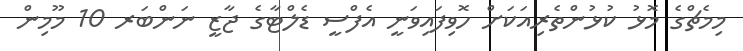
މިމެޗްގެ މޮޅު ކުޅުންތެރިއަކަށް ހޮވިފައިވަނީ އެފްސީ ޑެލްޓާގެ ޖާޒީ ނަންބަރ 10 މޫމިން